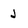
Character: j